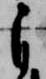
自